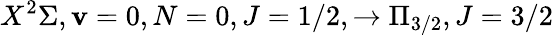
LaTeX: X^{2}\Sigma,\mathbf{v}=0,N=0,J=1/2,\rightarrow\Pi_{3/2},J=3/2